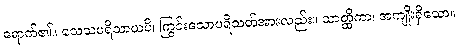
ရောက်၏။ သေသပရိသာယပိ၊ ကြွင်းသောပရိသတ်အားလည်း။ သာတ္ထိကာ၊ အကျိုးရှိသော။